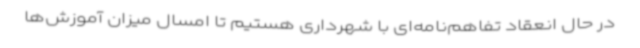
در حال انعقاد تفاهم‌نامه‌ای با شهرداری هستیم تا امسال میزان آموزش‌ها